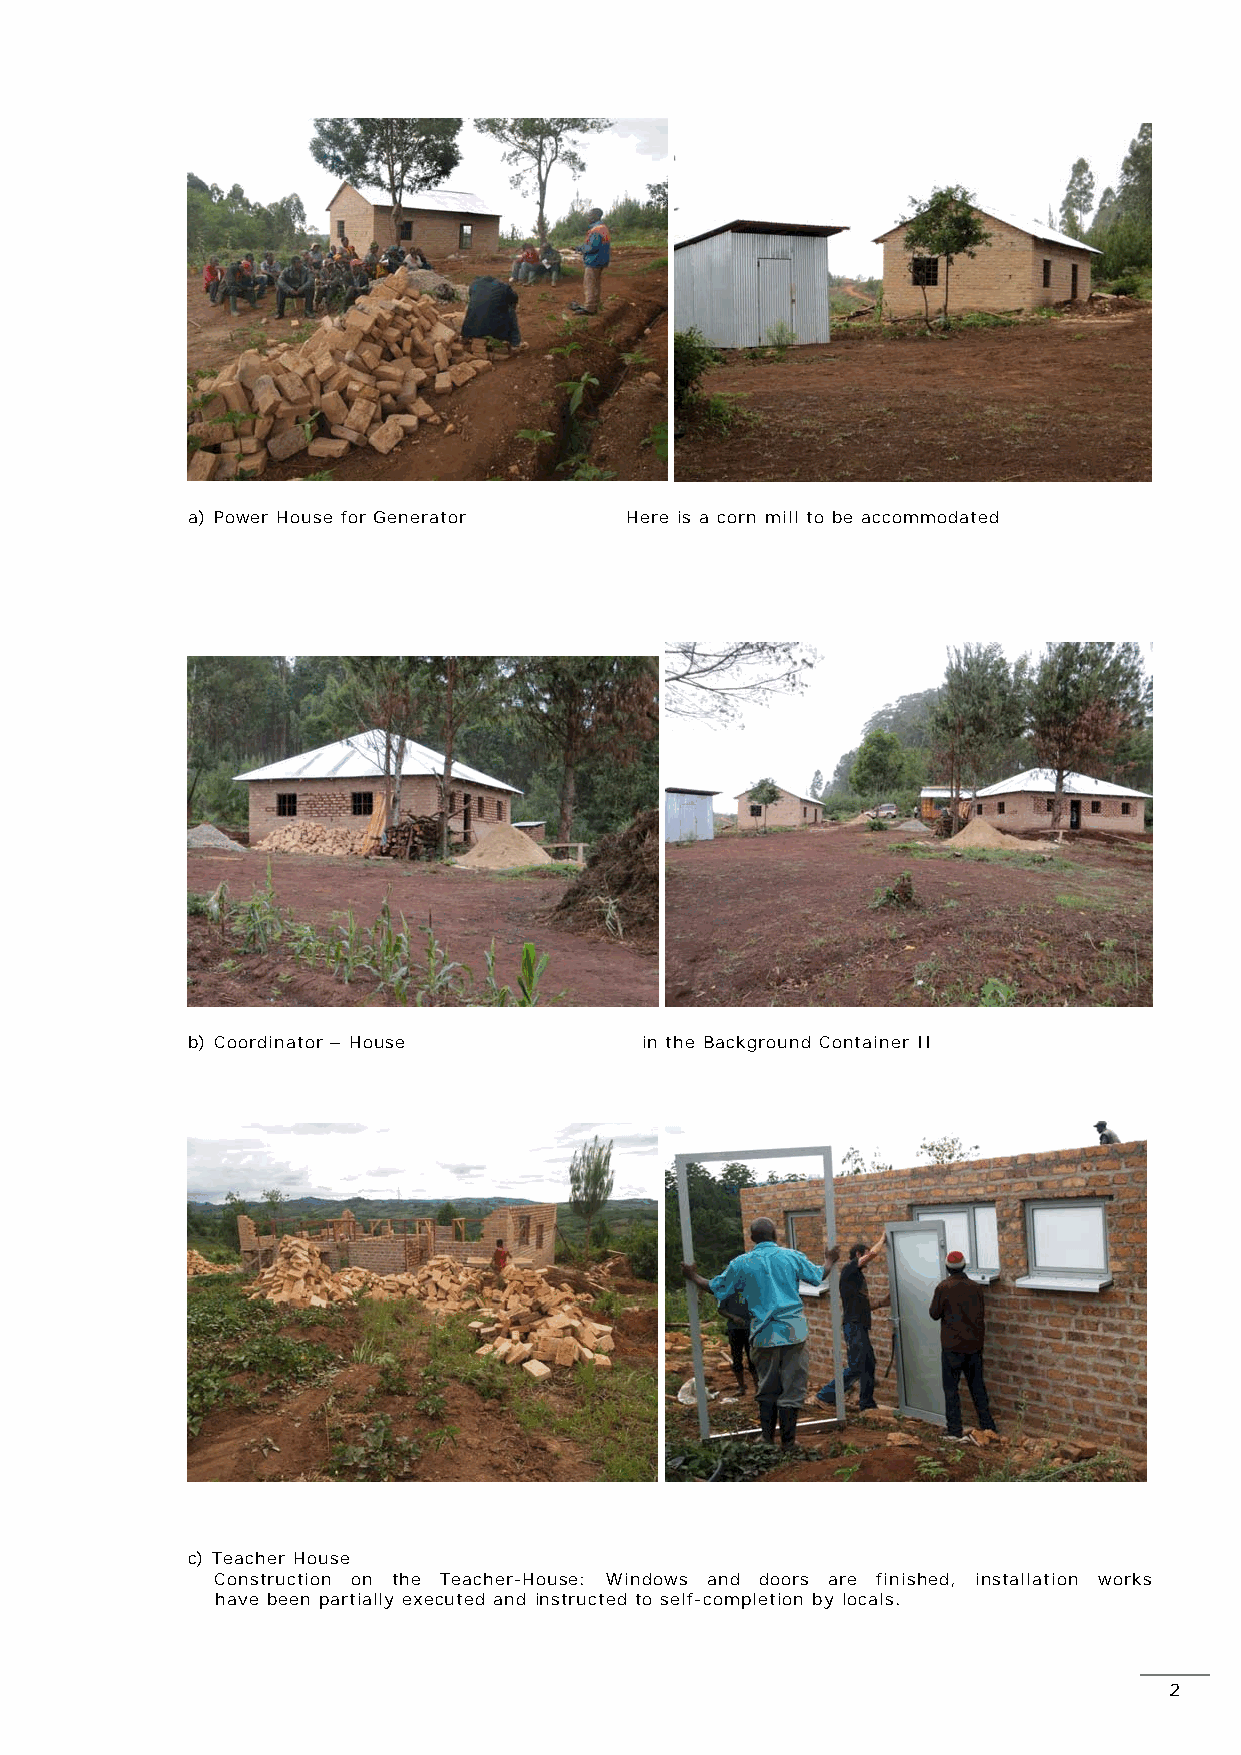
a) Power House for Generator Here is a corn mill to be accommodated
 b) Coordinator – House        in the Background Container II
 c) Teacher House
 Construction on the Teacher-House: Windows and doors are finished, installation works
 have been partially executed and instructed to self-completion by locals.
 2